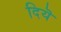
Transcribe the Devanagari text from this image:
दियॆ